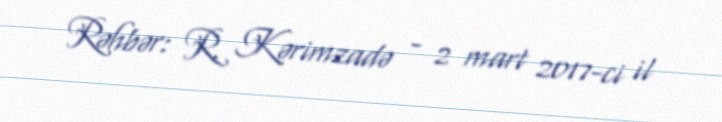
Rəhbər: R. Kərimzadə - 2 mart 2017-ci il